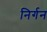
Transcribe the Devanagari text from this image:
निर्गन